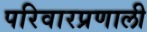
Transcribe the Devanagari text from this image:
परिवारप्रणाली